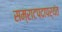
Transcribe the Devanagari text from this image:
सम्राटपदापर्यंत